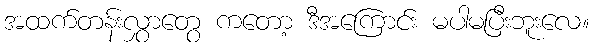
အထက်တန်းလွှာတွေ ကတော့ ဒီအကြောင်း မပါမပြီးဘူးလေ။